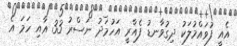
އެއީ ފުވައްމުލަކު ދިގުވާނޑު ފެއާރީ އަހުމަދު ނަސްރު 33 އާއި ހަމަ އެ